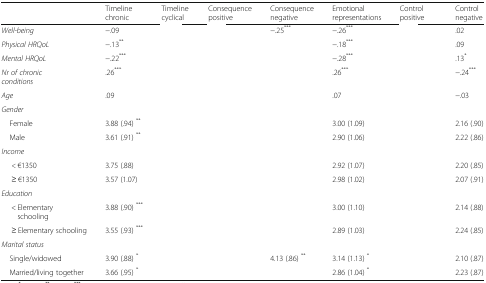
<table><thead><tr><td>[EMPTY_CELL]</td><td><b>Timeline chronic</b></td><td><b>Timeline cyclical</b></td><td><b>Consequence positive</b></td><td><b>Consequence negative</b></td><td><b>Emotional representations</b></td><td><b>Control positive</b></td><td><b>Control negative</b></td></tr></thead><tbody><tr><td><i>Well-being</i></td><td>−.09</td><td>[EMPTY_CELL]</td><td>[EMPTY_CELL]</td><td>−.25<sup>***</sup></td><td>−.26<sup>***</sup></td><td>[EMPTY_CELL]</td><td>.02</td></tr><tr><td><i>Physical HRQoL</i></td><td>−.13<sup>**</sup></td><td>[EMPTY_CELL]</td><td>[EMPTY_CELL]</td><td>[EMPTY_CELL]</td><td>−.18<sup>***</sup></td><td>[EMPTY_CELL]</td><td>.09</td></tr><tr><td><i>Mental HRQoL</i></td><td>−.22<sup>***</sup></td><td>[EMPTY_CELL]</td><td>[EMPTY_CELL]</td><td>[EMPTY_CELL]</td><td>−.28<sup>***</sup></td><td>[EMPTY_CELL]</td><td>.13<sup>*</sup></td></tr><tr><td><i>Nr of chronic conditions</i></td><td>.26<sup>***</sup></td><td>[EMPTY_CELL]</td><td>[EMPTY_CELL]</td><td>[EMPTY_CELL]</td><td>.26<sup>***</sup></td><td>[EMPTY_CELL]</td><td>−.24<sup>***</sup></td></tr><tr><td><i>Age</i></td><td>.09</td><td>[EMPTY_CELL]</td><td>[EMPTY_CELL]</td><td>[EMPTY_CELL]</td><td>.07</td><td>[EMPTY_CELL]</td><td>−.03</td></tr><tr><td colspan="8"><i>Gender</i></td></tr><tr><td> Female</td><td>3.88 (.94) <sup>**</sup></td><td>[EMPTY_CELL]</td><td>[EMPTY_CELL]</td><td>[EMPTY_CELL]</td><td>3.00 (1.09)</td><td>[EMPTY_CELL]</td><td>2.16 (.90)</td></tr><tr><td> Male</td><td>3.61 (.91) <sup>**</sup></td><td>[EMPTY_CELL]</td><td>[EMPTY_CELL]</td><td>[EMPTY_CELL]</td><td>2.90 (1.06)</td><td>[EMPTY_CELL]</td><td>2.22 (.86)</td></tr><tr><td colspan="8"><i>Income</i></td></tr><tr><td><i>&lt;</i> €1350</td><td>3.75 (.88)</td><td>[EMPTY_CELL]</td><td>[EMPTY_CELL]</td><td>[EMPTY_CELL]</td><td>2.92 (1.07)</td><td>[EMPTY_CELL]</td><td>2.20 (.85)</td></tr><tr><td>≥ €1350</td><td>3.57 (1.07)</td><td>[EMPTY_CELL]</td><td>[EMPTY_CELL]</td><td>[EMPTY_CELL]</td><td>2.98 (1.02)</td><td>[EMPTY_CELL]</td><td>2.07 (.91)</td></tr><tr><td colspan="8"><i>Education</i></td></tr><tr><td>&lt; Elementary schooling</td><td>3.88 (.90) <sup>***</sup></td><td>[EMPTY_CELL]</td><td>[EMPTY_CELL]</td><td>[EMPTY_CELL]</td><td>3.00 (1.10)</td><td>[EMPTY_CELL]</td><td>2.14 (.88)</td></tr><tr><td>≥ Elementary schooling</td><td>3.55 (.93) <sup>***</sup></td><td>[EMPTY_CELL]</td><td>[EMPTY_CELL]</td><td>[EMPTY_CELL]</td><td>2.89 (1.03)</td><td>[EMPTY_CELL]</td><td>2.24 (.85)</td></tr><tr><td colspan="8"><i>Marital status</i></td></tr><tr><td> Single/widowed</td><td>3.90 (.88) <sup>*</sup></td><td>[EMPTY_CELL]</td><td>[EMPTY_CELL]</td><td>4.13 (.86) <sup>**</sup></td><td>3.14 (1.13) <sup>*</sup></td><td>[EMPTY_CELL]</td><td>2.10 (.87)</td></tr><tr><td> Married/living together</td><td>3.66 (.95) <sup>*</sup></td><td>[EMPTY_CELL]</td><td>[EMPTY_CELL]</td><td>[EMPTY_CELL]</td><td>2.86 (1.04) <sup>*</sup></td><td>[EMPTY_CELL]</td><td>2.23 (.87)</td></tr></tbody></table>